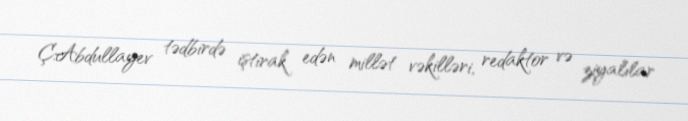
Ç.Abdullayev tədbirdə iştirak edən millət vəkilləri, redaktor və ziyalılar